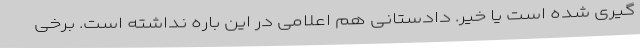
گیری شده است یا خیر. دادستانی هم اعلامی در این باره نداشته است. برخی